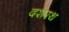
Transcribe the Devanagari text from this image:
दशरथ